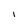
Character: I